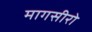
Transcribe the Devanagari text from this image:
मागसीरो